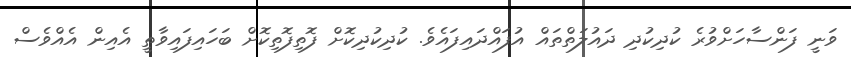
ވަނީ ފަންސާހަށްވުރެ ކުދިކުދި ދައުލަތްތައް އުފައްދައިފައެވެ. ކުދިކުދިކޮށް ފޮތިފޮތިކޮށް ބަހައިފައިވާތީ އެއިން އެއްވެސް